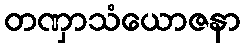
တဏှာသံယောဇနာ